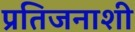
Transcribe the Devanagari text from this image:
प्रतिजनाशी